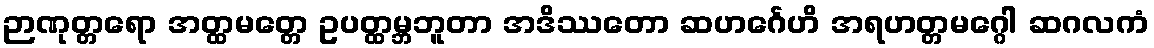
ဉာဏုတ္တရော အတ္ထမတ္တေ ဥပတ္ထမ္ဘဘူတာ အဒိဿတော ဆဟင်္ဂေဟိ အရဟတ္တမဂ္ဂေါ ဆဂလကံ